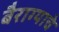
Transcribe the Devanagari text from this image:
बैराग्याचे